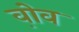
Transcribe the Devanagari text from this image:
व़ोव